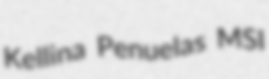
Kellina Penuelas MSI